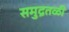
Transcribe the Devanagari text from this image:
समुद्रतळी